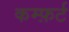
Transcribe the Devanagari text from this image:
कम्फ़र्ट